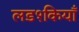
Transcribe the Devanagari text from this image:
लड१कियाँ